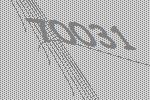
70031